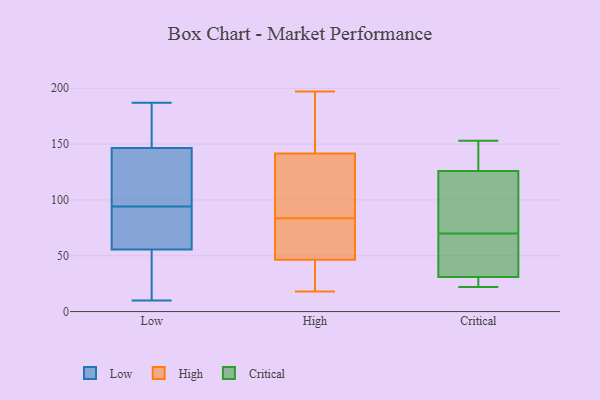
{"axis": {"x": "Inventory Turnover", "y": "Value"}, "legend": ["Critical", "High", "Low"], "data": [{"x": "", "y": 87, "type": "Low"}, {"x": "", "y": 185, "type": "Low"}, {"x": "", "y": 145, "type": "Low"}, {"x": "", "y": 59, "type": "Low"}, {"x": "", "y": 73, "type": "Low"}, {"x": "", "y": 58, "type": "Low"}, {"x": "", "y": 187, "type": "Low"}, {"x": "", "y": 141, "type": "Low"}, {"x": "", "y": 11, "type": "Low"}, {"x": "", "y": 148, "type": "Low"}, {"x": "", "y": 53, "type": "Low"}, {"x": "", "y": 45, "type": "Low"}, {"x": "", "y": 142, "type": "Low"}, {"x": "", "y": 101, "type": "Low"}, {"x": "", "y": 10, "type": "Low"}, {"x": "", "y": 151, "type": "Low"}, {"x": "", "y": 18, "type": "High"}, {"x": "", "y": 197, "type": "High"}, {"x": "", "y": 31, "type": "High"}, {"x": "", "y": 145, "type": "High"}, {"x": "", "y": 138, "type": "High"}, {"x": "", "y": 71, "type": "High"}, {"x": "", "y": 176, "type": "High"}, {"x": "", "y": 85, "type": "High"}, {"x": "", "y": 82, "type": "High"}, {"x": "", "y": 48, "type": "High"}, {"x": "", "y": 116, "type": "High"}, {"x": "", "y": 45, "type": "High"}, {"x": "", "y": 31, "type": "Critical"}, {"x": "", "y": 153, "type": "Critical"}, {"x": "", "y": 22, "type": "Critical"}, {"x": "", "y": 126, "type": "Critical"}, {"x": "", "y": 147, "type": "Critical"}, {"x": "", "y": 62, "type": "Critical"}, {"x": "", "y": 88, "type": "Critical"}, {"x": "", "y": 78, "type": "Critical"}, {"x": "", "y": 43, "type": "Critical"}, {"x": "", "y": 25, "type": "Critical"}]}